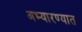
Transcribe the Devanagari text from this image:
अभ्यारण्यात